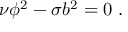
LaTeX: \nu \phi ^ { 2 } - \sigma b ^ { 2 } = 0 ~ .